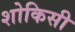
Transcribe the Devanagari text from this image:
शोकिसी